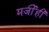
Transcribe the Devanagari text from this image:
मर्जीही